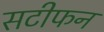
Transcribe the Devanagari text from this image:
सटीफन